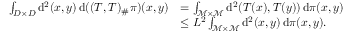
\begin{array} { r l } { \int _ { D \times D } \mathrm { d } ^ { 2 } ( x , y ) \, \mathrm { d } ( ( T , T ) _ { \# } \pi ) ( x , y ) } & { = \int _ { \mathcal { M } \times \mathcal { M } } \mathrm { d } ^ { 2 } ( T ( x ) , T ( y ) ) \, \mathrm { d } \pi ( x , y ) } \\ & { \le L ^ { 2 } \int _ { \mathcal { M } \times \mathcal { M } } \mathrm { d } ^ { 2 } ( x , y ) \, \mathrm { d } \pi ( x , y ) . } \end{array}